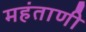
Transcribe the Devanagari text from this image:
महंताणी